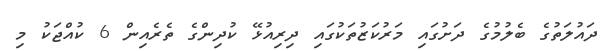
ދައުލަތުގެ ބެލުމުގެ ދަށުގައި މަރުކަޒުތަކުގައި ދިރިއުޅޭ ކުދިންގެ ތެރެއިން 6 ކުއްޖަކު މި